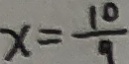
x = \frac { 1 0 } { 9 }